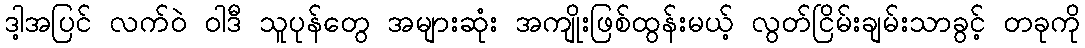
ဒါ့အပြင် လက်ဝဲ ဝါဒီ သူပုန်တွေ အများဆုံး အကျိုးဖြစ်ထွန်းမယ့် လွတ်ငြိမ်းချမ်းသာခွင့် တခုကို